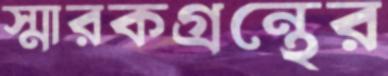
স্মারকগ্রন্থের